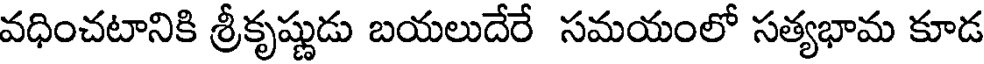
వధించటానికి శ్రీకృష్ణుడు బయలుదేరే సమయంలో సత్యభామ కూడ